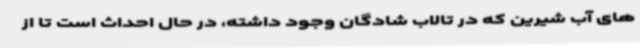
های آب شیرین که در تالاب شادگان وجود داشته، در حال احداث است تا از